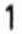
1